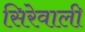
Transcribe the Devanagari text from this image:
सिरेवाली